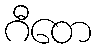
ဂီတေ